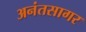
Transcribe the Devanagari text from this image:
अनंतसागर